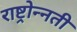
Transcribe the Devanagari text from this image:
राष्ट्रोन्नती